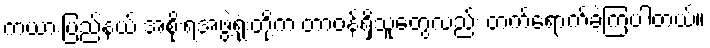
ကယားပြည်နယ် အစိုးရအဖွဲ့ရုံးတို့က တာဝန်ရှိသူတွေလည်း တက်ရောက်ခဲ့ကြပါတယ်။